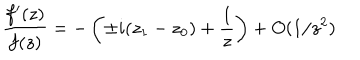
\frac { f ^ { \prime } ( z ) } { f ( z ) } = - \left( \pm i ( z _ { 1 } - z _ { 0 } ) + \frac { 1 } { z } \right) + O ( 1 / z ^ { 2 } )